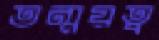
তন্ময়ত্ব